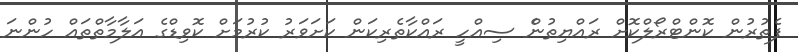
ފެތުރުން ކޮންޓްރޯލްކޮށް ރައްޔިތުންެ ސިއްހީ ރައްކާތެރިކަން ކަށަވަރު ކުރުމަށް ކޮވިޑްގެ އަލާމާތްތައް ހުންނަ